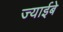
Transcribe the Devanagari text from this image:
ज्याईबे